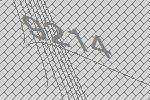
9214